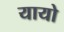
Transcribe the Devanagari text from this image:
यायो